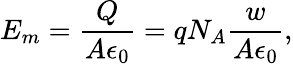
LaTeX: E_{m}={\frac{Q}{A\epsilon_{0}}}=qN_{A}{\frac{w}{A\epsilon_{0}}},